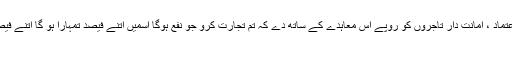
یعنی سیک طرف سے مال اور دوسری طرف سے کام ، بینک قابل اعتماد ، امانت دار تاجروں کو روپے اس معاہدے کے ساتھ دے کہ تم تجارت کرو جو نفع ہوگا اسمیں اتنے فیصد تمہارا ہو گا اتنے فیصد میرا شرکت کی طرح یہان بھی نفع کا فیصد کم وبیش ہو سکتا ہے
۳۔